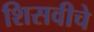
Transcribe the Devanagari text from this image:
शिसवीचे